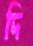
দি